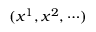
( x ^ { 1 } , x ^ { 2 } , \cdots )